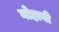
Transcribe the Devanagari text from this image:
नोहानी